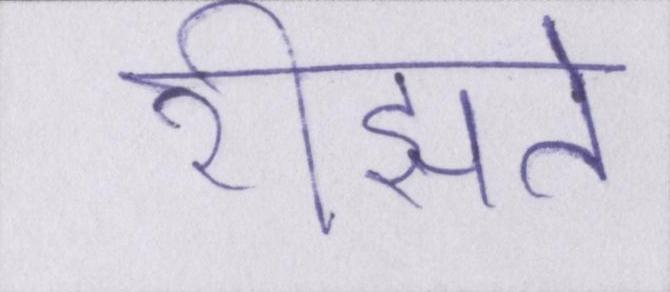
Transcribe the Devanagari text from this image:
रीझते